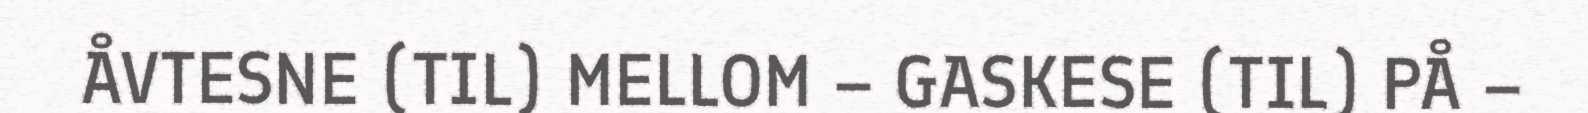
ÅVTESNE (TIL) MELLOM – GASKESE (TIL) PÅ –